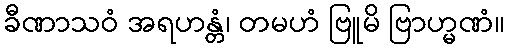
ခီဏာသဝံ အရဟန္တံ၊ တမဟံ ဗြူမိ ဗြာဟ္မဏံ။